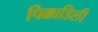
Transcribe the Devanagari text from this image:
पिक्काडिली